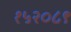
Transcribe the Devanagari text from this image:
१५२०८९